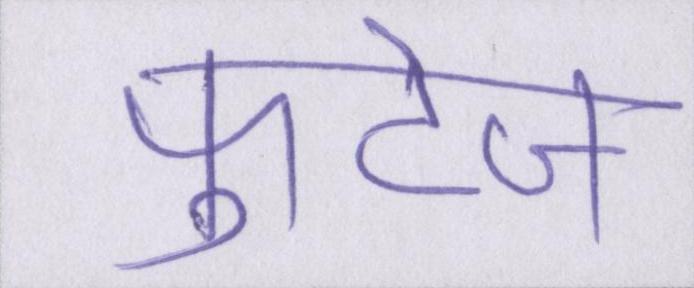
फुटेज